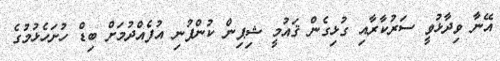
އޭނާ ވިދާޅުވީ ސަރުކާރާއި ގުޅިގެން ޤައުމީ ޝިޕިން ކުންފުނި އުފެއްދުމަށް ބިޑް ހުށަހެޅުމުގެ